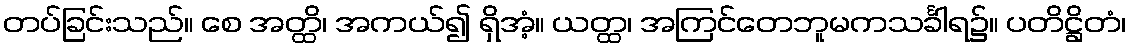
တပ်ခြင်းသည်။ စေ အတ္ထိ၊ အကယ်၍ ရှိအံ့။ ယတ္ထ၊ အကြင်တေဘူမကသင်္ခါရ၌။ ပတိဋ္ဌိတံ၊